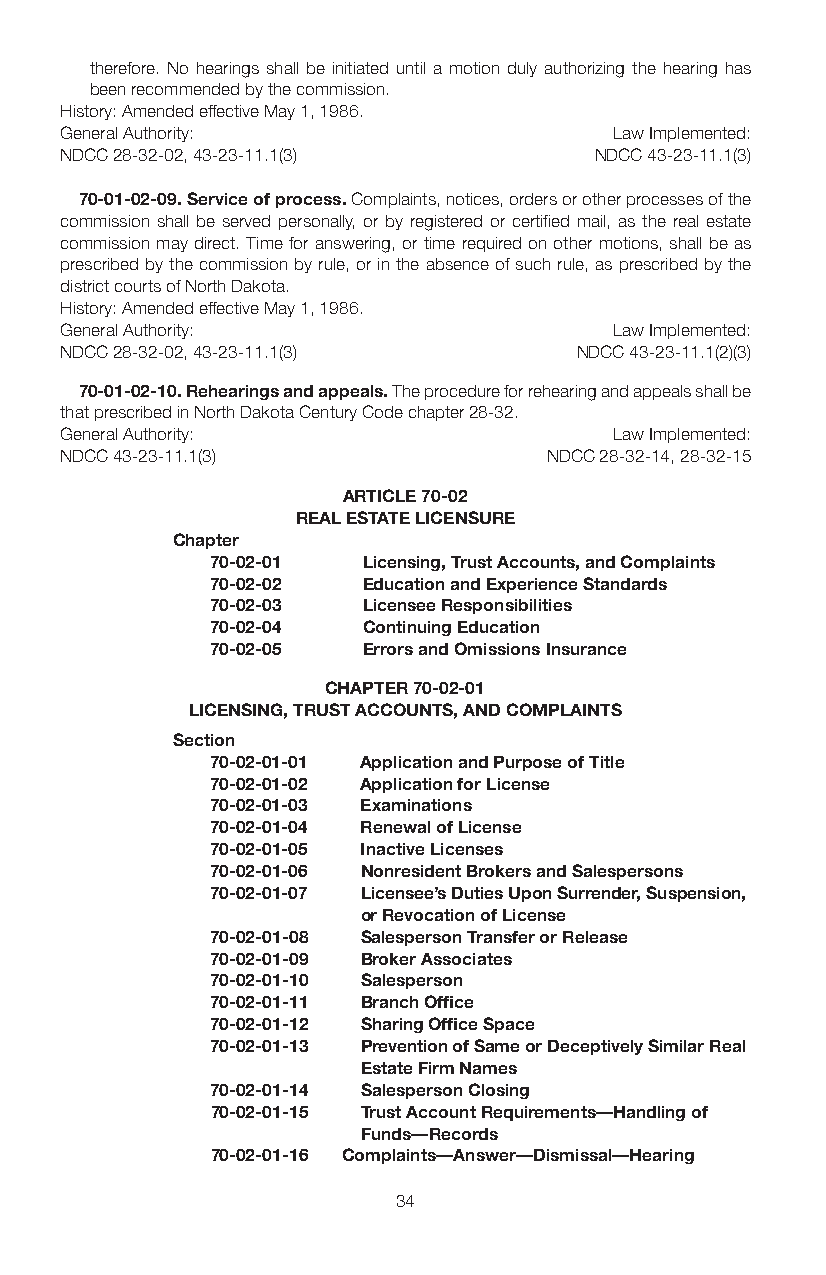
therefore. No hearings shall be initiated until a motion duly authorizing the hearing has
 been recommended by the commission.
 History: Amended effective May 1, 1986.
 General Authority:                   Law Implemented:
 NDCC 28-32-02, 43-23-11.1(3)       NDCC 43-23-11.1(3)
 70-01-02-09. Service of process. Complaints, notices, orders or other processes of the
 commission shall be served personally, or by registered or certified mail, as the real estate
 commission may direct. Time for answering, or time required on other motions, shall be as
 prescribed by the commission by rule, or in the absence of such rule, as prescribed by the
 district courts of North Dakota.
 History: Amended effective May 1, 1986.
 General Authority:                   Law Implemented:
 NDCC 28-32-02, 43-23-11.1(3)      NDCC 43-23-11.1(2)(3)
 70-01-02-10. Rehearings and appeals. The procedure for rehearing and appeals shall be
 that prescribed in North Dakota Century Code chapter 28-32.
 General Authority:                   Law Implemented:
 NDCC 43-23-11.1(3)              NDCC 28-32-14, 28-32-15
 ARTICLE 70-02
 REAL ESTATE LICENSURE
 Chapter
 70-02-01  Licensing, Trust Accounts, and Complaints
 70-02-02  Education and Experience Standards
 70-02-03  Licensee Responsibilities
 70-02-04  Continuing Education
 70-02-05  Errors and Omissions Insurance
 CHAPTER 70-02-01
 LICENSING, TRUST ACCOUNTS, AND COMPLAINTS
 Section
 70-02-01-01 Application and Purpose of Title
 70-02-01-02 Application for License
 70-02-01-03 Examinations
 70-02-01-04 Renewal of License
 70-02-01-05 Inactive Licenses
 70-02-01-06 Nonresident Brokers and Salespersons
 70-02-01-07 Licensee’s Duties Upon Surrender, Suspension,
 or Revocation of License
 70-02-01-08 Salesperson Transfer or Release
 70-02-01-09 Broker Associates
 70-02-01-10 Salesperson
 70-02-01-11 Branch Office
 70-02-01-12 Sharing Office Space
 70-02-01-13 Prevention of Same or Deceptively Similar Real
 Estate Firm Names
 70-02-01-14 Salesperson Closing
 70-02-01-15 Trust Account Requirements—Handling of
 Funds—Records
 70-02-01-16 Complaints—Answer—Dismissal—Hearing
 34